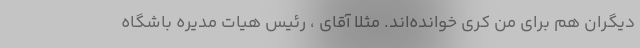
دیگران هم برای من کُری خوانده‌اند. مثلا آقای ، رئیس هیات مدیره باشگاه